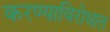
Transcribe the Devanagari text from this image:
करण्याविरोधात